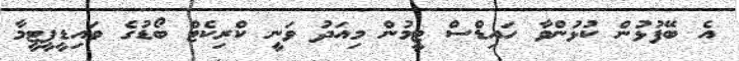
އެ ބޭފުޅުން ކުޅުންވާ ހައިޑްސް ޓީމުން މިއަދު ވަނީ ކްރިކެޓް ބޯޑުގެ ވައިޑީޕީޓީމާ